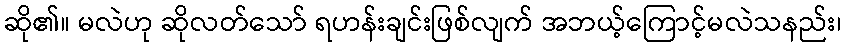
ဆို၏။ မလဲဟု ဆိုလတ်သော် ရဟန်းချင်းဖြစ်လျက် အဘယ့်ကြောင့်မလဲသနည်း၊